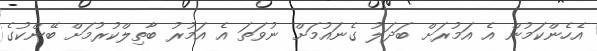
އެހެންކަމުން އެ އަމުރަށް ބަދަލު ގެނައުމަށް ނުވަތަ އެ އަމުރު ބާތިލްކުރުމަށް ބޭންކުގެ